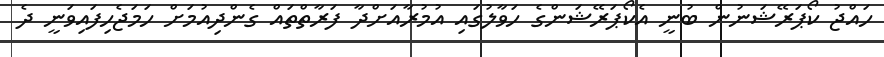
ހައްޖު ކޯޕަރޭޝަނުން ބުނީ އެކޯޕަރޭޝަންގެ ހަވާލުގައި އުމުރާއަަށްދާ ފަރާތްތައް ގެންދިއުމަށް ހަމަޖެހިފައިވަނީ ދެ